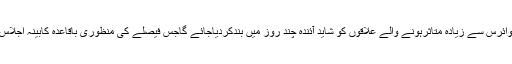
پنجاب میں کورونا وائرس سے زیادہ متاثرہونے والے علاقوں کو شاید آئندہ چند روز میں بندکردیاجائے گاجس فیصلے کی منظوری باقاعدہ کابینہ اجلاس میں دی جائے گی۔